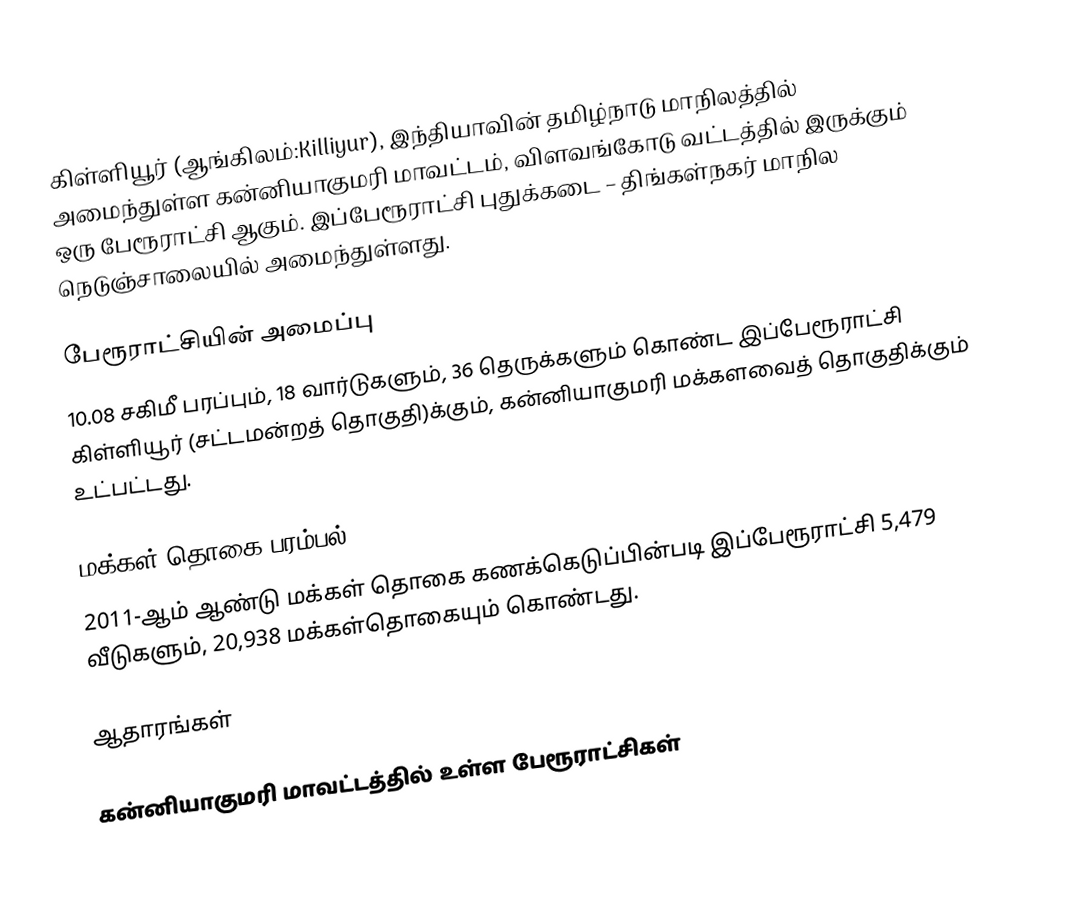
கிள்ளியூர் (ஆங்கிலம்:Killiyur), இந்தியாவின் தமிழ்நாடு மாநிலத்தில் அமைந்துள்ள கன்னியாகுமரி மாவட்டம், விளவங்கோடு வட்டத்தில் இருக்கும் ஒரு பேரூராட்சி ஆகும். இப்பேரூராட்சி புதுக்கடை – திங்கள்நகர் மாநில நெடுஞ்சாலையில் அமைந்துள்ளது.

பேரூராட்சியின் அமைப்பு
10.08 சகிமீ  பரப்பும், 18  வார்டுகளும், 36 தெருக்களும் கொண்ட இப்பேரூராட்சி கிள்ளியூர்   (சட்டமன்றத் தொகுதி)க்கும், கன்னியாகுமரி மக்களவைத் தொகுதிக்கும் உட்பட்டது.

மக்கள் தொகை பரம்பல்
2011-ஆம் ஆண்டு மக்கள் தொகை கணக்கெடுப்பின்படி  இப்பேரூராட்சி                          5,479 வீடுகளும், 20,938 மக்கள்தொகையும் கொண்டது.

ஆதாரங்கள்

கன்னியாகுமரி மாவட்டத்தில் உள்ள பேரூராட்சிகள்